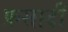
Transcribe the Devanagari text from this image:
फ़सादी